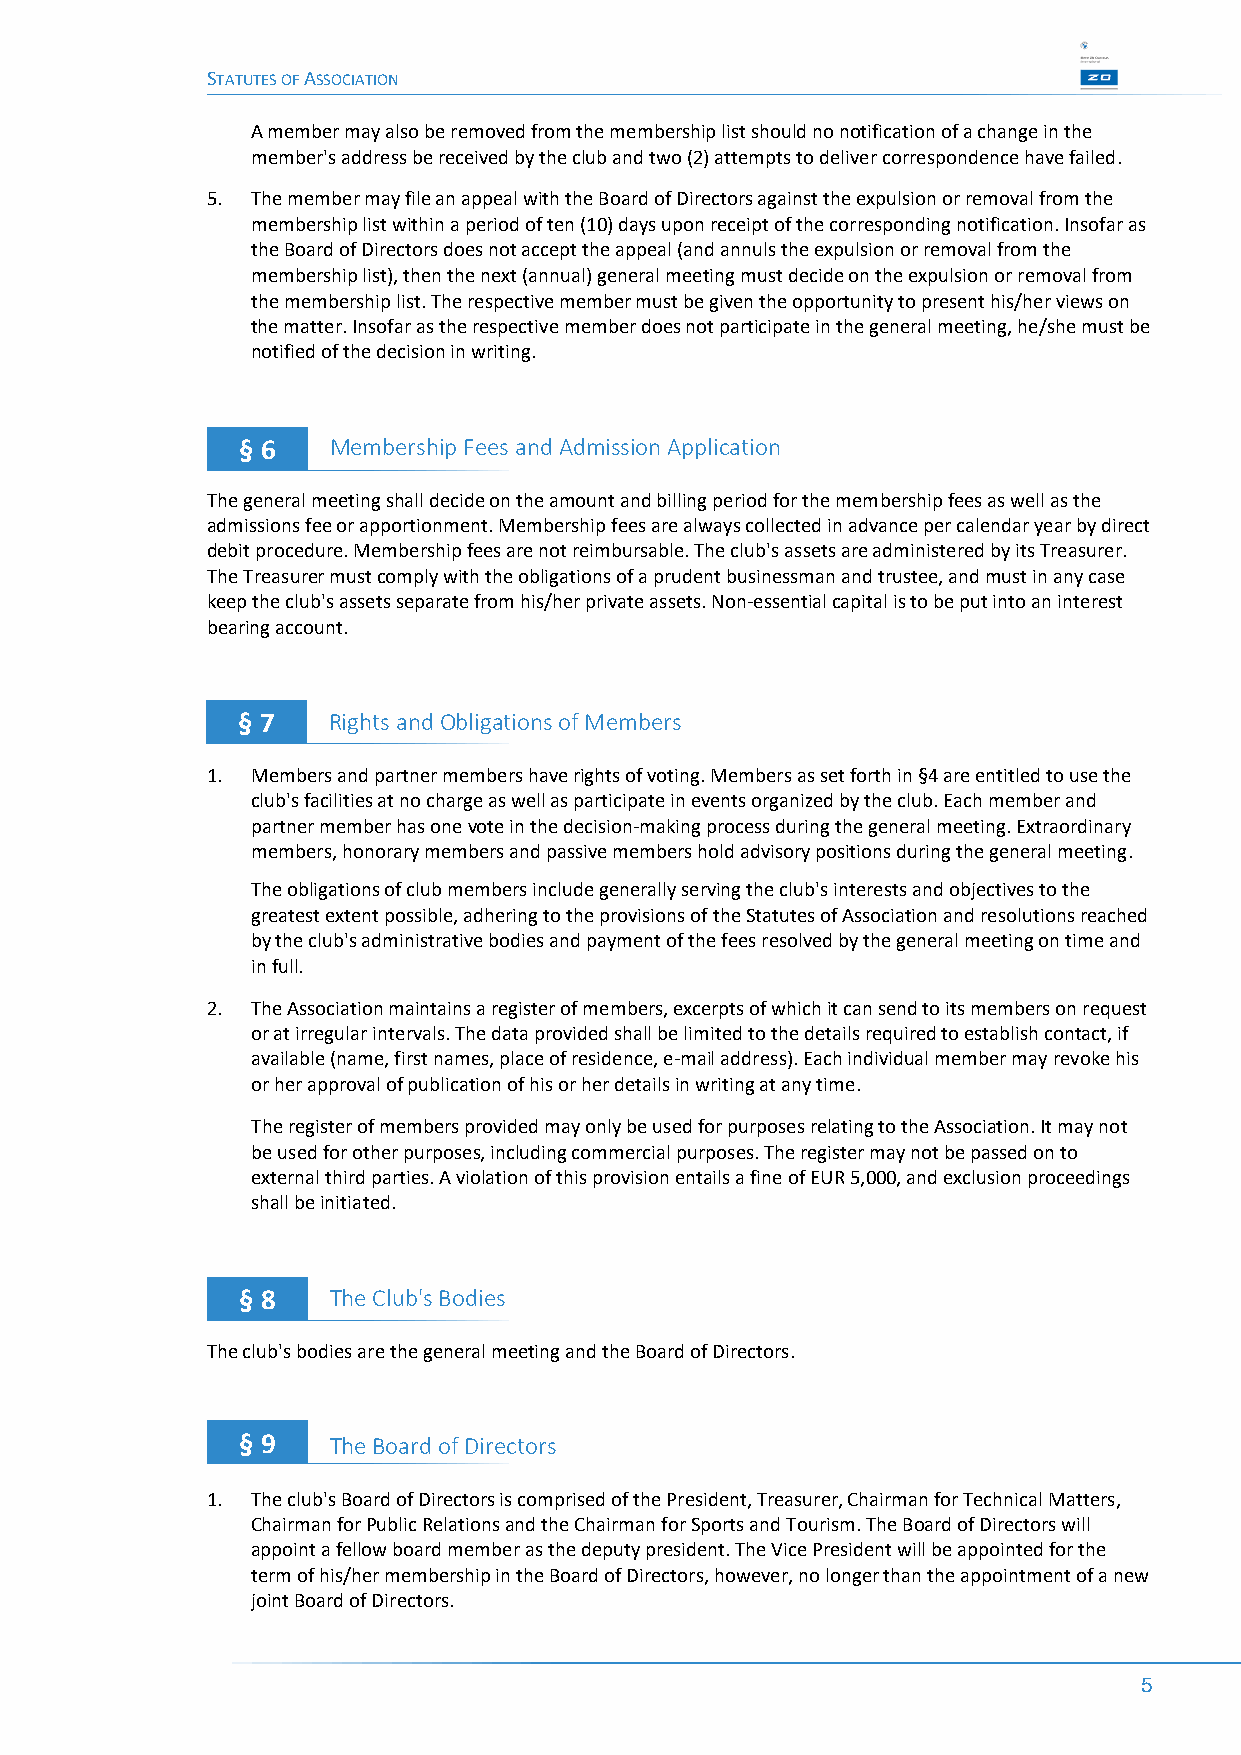
STATUTES OF ASSOCIATION
 A member may also be removed from the membership list should no notification of a change in the
 member's address be received by the club and two (2) attempts to deliver correspondence have failed.
 5. The member may file an appeal with the Board of Directors against the expulsion or removal from the
 membership list within a period of ten (10) days upon receipt of the corresponding notification. Insofar as
 the Board of Directors does not accept the appeal (and annuls the expulsion or removal from the
 membership list), then the next (annual) general meeting must decide on the expulsion or removal from
 the membership list. The respective member must be given the opportunity to present his/her views on
 the matter. Insofar as the respective member does not participate in the general meeting, he/she must be
 notified of the decision in writing.
 § 6   Membership Fees and Admission Application
 The general meeting shall decide on the amount and billing period for the membership fees as well as the
 admissions fee or apportionment. Membership fees are always collected in advance per calendar year by direct
 debit procedure. Membership fees are not reimbursable. The club's assets are administered by its Treasurer.
 The Treasurer must comply with the obligations of a prudent businessman and trustee, and must in any case
 keep the club's assets separate from his/her private assets. Non-essential capital is to be put into an interest
 bearing account.
 § 7   Rights and Obligations of Members
 1. Members and partner members have rights of voting. Members as set forth in §4 are entitled to use the
 club's facilities at no charge as well as participate in events organized by the club. Each member and
 partner member has one vote in the decision-making process during the general meeting. Extraordinary
 members, honorary members and passive members hold advisory positions during the general meeting.
 The obligations of club members include generally serving the club's interests and objectives to the
 greatest extent possible, adhering to the provisions of the Statutes of Association and resolutions reached
 by the club's administrative bodies and payment of the fees resolved by the general meeting on time and
 in full.
 2. The Association maintains a register of members, excerpts of which it can send to its members on request
 or at irregular intervals. The data provided shall be limited to the details required to establish contact, if
 available (name, first names, place of residence, e-mail address). Each individual member may revoke his
 or her approval of publication of his or her details in writing at any time.
 The register of members provided may only be used for purposes relating to the Association. It may not
 be used for other purposes, including commercial purposes. The register may not be passed on to
 external third parties. A violation of this provision entails a fine of EUR 5,000, and exclusion proceedings
 shall be initiated.
 § 8   The Club's Bodies
 The club's bodies are the general meeting and the Board of Directors.
 § 9   The Board of Directors
 1. The club's Board of Directors is comprised of the President, Treasurer, Chairman for Technical Matters,
 Chairman for Public Relations and the Chairman for Sports and Tourism. The Board of Directors will
 appoint a fellow board member as the deputy president. The Vice President will be appointed for the
 term of his/her membership in the Board of Directors, however, no longer than the appointment of a new
 joint Board of Directors.
 5